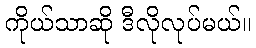
ကိုယ်သာဆို ဒီလိုလုပ်မယ်။